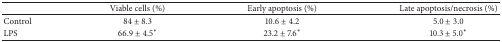
<table><thead><tr><td><b> </b></td><td><b>Viable cells (%)</b></td><td><b>Early apoptosis (%)</b></td><td><b>Late apoptosis/necrosis (%)</b></td></tr></thead><tbody><tr><td>Control</td><td>84 ± 8.3</td><td>10.6 ± 4.2</td><td>5.0 ± 3.0</td></tr><tr><td>LPS</td><td>66.9 ± 4.5<sup><i>∗</i></sup></td><td>23.2 ± 7.6<sup><i>∗</i></sup></td><td>10.3 ± 5.0<sup><i>∗</i></sup></td></tr></tbody></table>